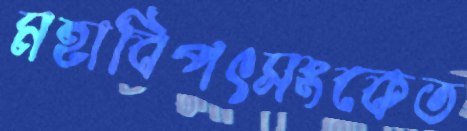
মহাবিপৎসংকেত